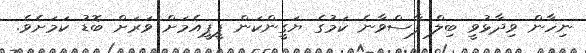
ނިހާން ވިދާޅުވީ ބިލް ފާސްވާނެ ކަމުގެ ޔަގީންކަން ޕީޕީއެމަށް ވަރަށް ބޮޑު ކަމަށެވެ.